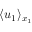
\langle u _ { 1 } \rangle _ { x _ { 1 } }